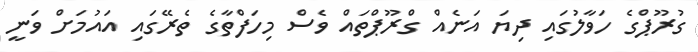
ގުރޫޕްގެ ހަވާލުގައި ދިޔަ އަނެއް ގްރޫޕްތައް ވެސް މިހަފްތާގެ ތެރޭގައި އައުމަށް ވަނީ